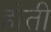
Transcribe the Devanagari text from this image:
होती